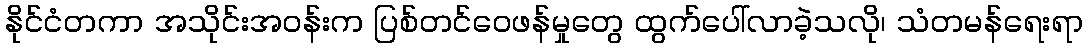
နိုင်ငံတကာ အသိုင်းအဝန်းက ပြစ်တင်ဝေဖန်မှုတွေ ထွက်ပေါ်လာခဲ့သလို၊ သံတမန်ရေးရာ